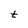
Character: t